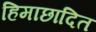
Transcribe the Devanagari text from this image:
हिमाछादित